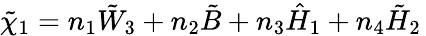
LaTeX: \tilde{\chi}_{1}=n_{1}\tilde{W}_{3}+n_{2}\tilde{B}+n_{3}\hat{H}_{1}+n_{4}\tilde{H}_{2}\,